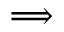
\Longrightarrow